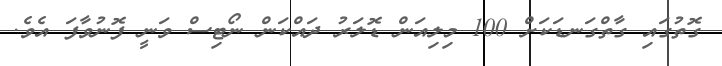
ގޮތުގައި ގާތްގަނޑަކަށް 100 މިލިއަން ޑޮލަރު ދައްކަން ނޯޓިސް ވަނީ ފޮނުވާފަ އެވެ.